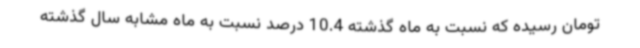
تومان رسیده که نسبت به ماه گذشته 10.4 درصد نسبت به ماه مشابه سال گذشته